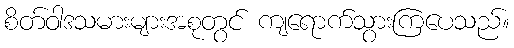
စိတ်ဝါဒသမားများအစုတွင် ကျရောက်သွားကြပေသည်။